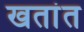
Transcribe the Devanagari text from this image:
खतांत